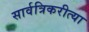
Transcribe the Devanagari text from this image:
सार्वत्रिकरीत्या